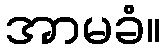
အာမခံ။